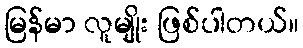
မြန်မာ လူမျိုး ဖြစ်ပါတယ်။